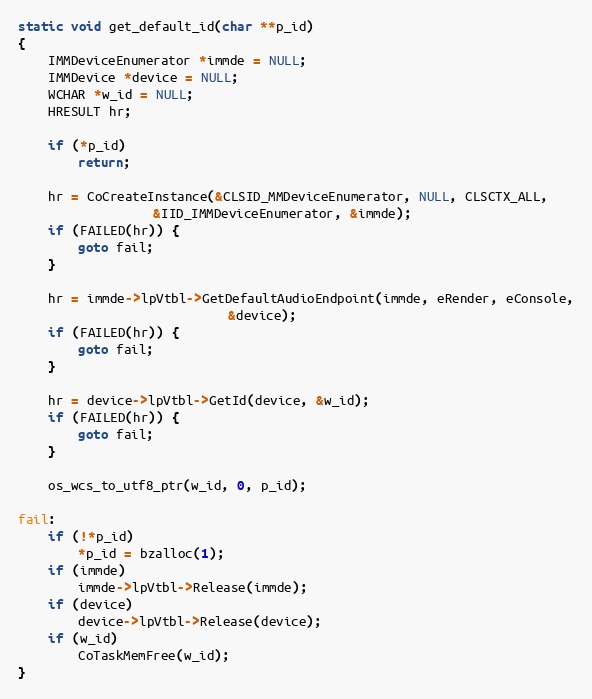
Language: C
static void get_default_id(char **p_id)
{
	IMMDeviceEnumerator *immde = NULL;
	IMMDevice *device = NULL;
	WCHAR *w_id = NULL;
	HRESULT hr;

	if (*p_id)
		return;

	hr = CoCreateInstance(&CLSID_MMDeviceEnumerator, NULL, CLSCTX_ALL,
			      &IID_IMMDeviceEnumerator, &immde);
	if (FAILED(hr)) {
		goto fail;
	}

	hr = immde->lpVtbl->GetDefaultAudioEndpoint(immde, eRender, eConsole,
						    &device);
	if (FAILED(hr)) {
		goto fail;
	}

	hr = device->lpVtbl->GetId(device, &w_id);
	if (FAILED(hr)) {
		goto fail;
	}

	os_wcs_to_utf8_ptr(w_id, 0, p_id);

fail:
	if (!*p_id)
		*p_id = bzalloc(1);
	if (immde)
		immde->lpVtbl->Release(immde);
	if (device)
		device->lpVtbl->Release(device);
	if (w_id)
		CoTaskMemFree(w_id);
}